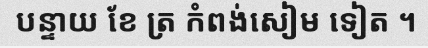
បន្ទាយ ខែ ត្រ កំពង់សៀម ទៀត ។